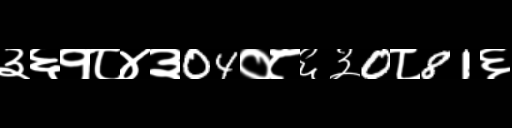
Text: ३६१८४३04०८६३0८81६